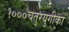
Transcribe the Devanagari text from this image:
१०००चतुरयुगीका